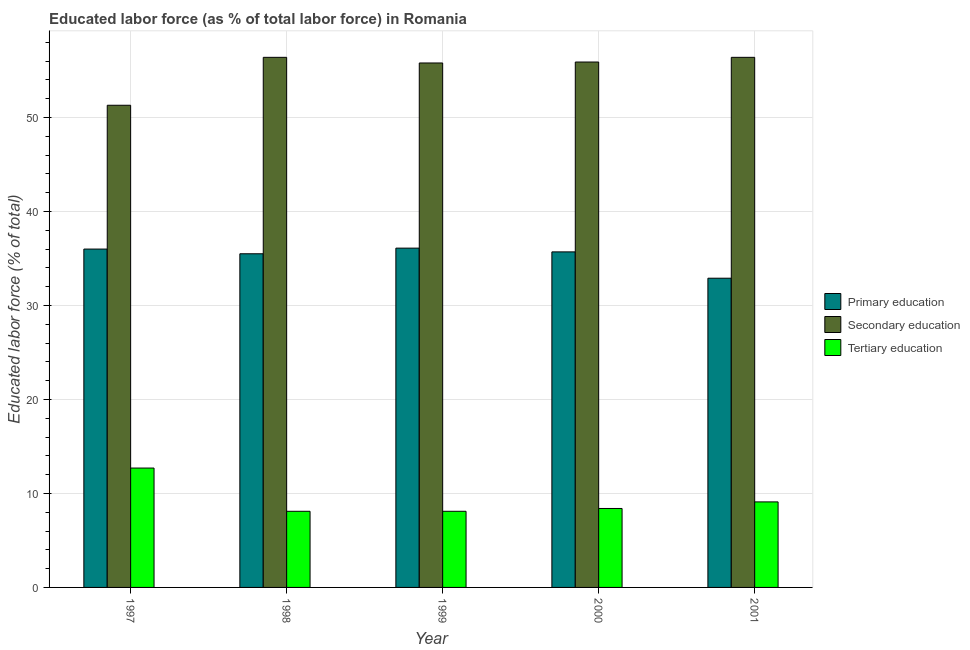
| Year | Primary education | Secondary education | Tertiary education |
 | --- | --- | --- | --- |
 | 1997 | 36 | 51.3 | 12.7 |
 | 1998 | 35.5 | 56.4 | 8.1 |
 | 1999 | 36.1 | 55.8 | 8.1 |
 | 2000 | 35.7 | 55.9 | 8.4 |
 | 2001 | 32.9 | 56.4 | 9.1 |